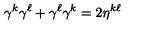
\gamma ^ { k } \gamma ^ { \ell } + \gamma ^ { \ell } \gamma ^ { k } = 2 \eta ^ { k \ell }